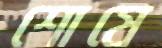
শোষে